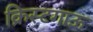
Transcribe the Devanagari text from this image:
क्रिस्टगाऊ